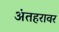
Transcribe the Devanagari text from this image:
अंतहरावर